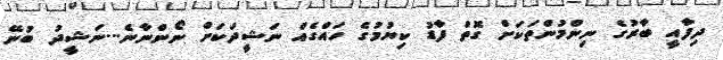
ދިފާއީ ބާރުގެ ނިންމުންތަކަށް ގޮތް ފާޑު ކިޔުމުގެ ހައްގެއް ނަޝީދަކަށް ނޯންނާނެ...ނަޝީދު ބުނޭ